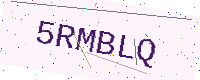
Text: 5RMBLQ